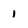
Character: l